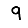
Digit: 9